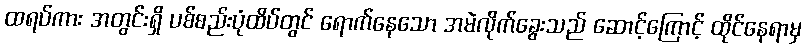
ထရပ်ကား အတွင်းရှိ ပစ်စည်းပုံထိပ်တွင် ရောက်နေသော အမဲလိုက်ခွေးသည် ဆောင့်ကြောင့် ထိုင်နေရာမှ